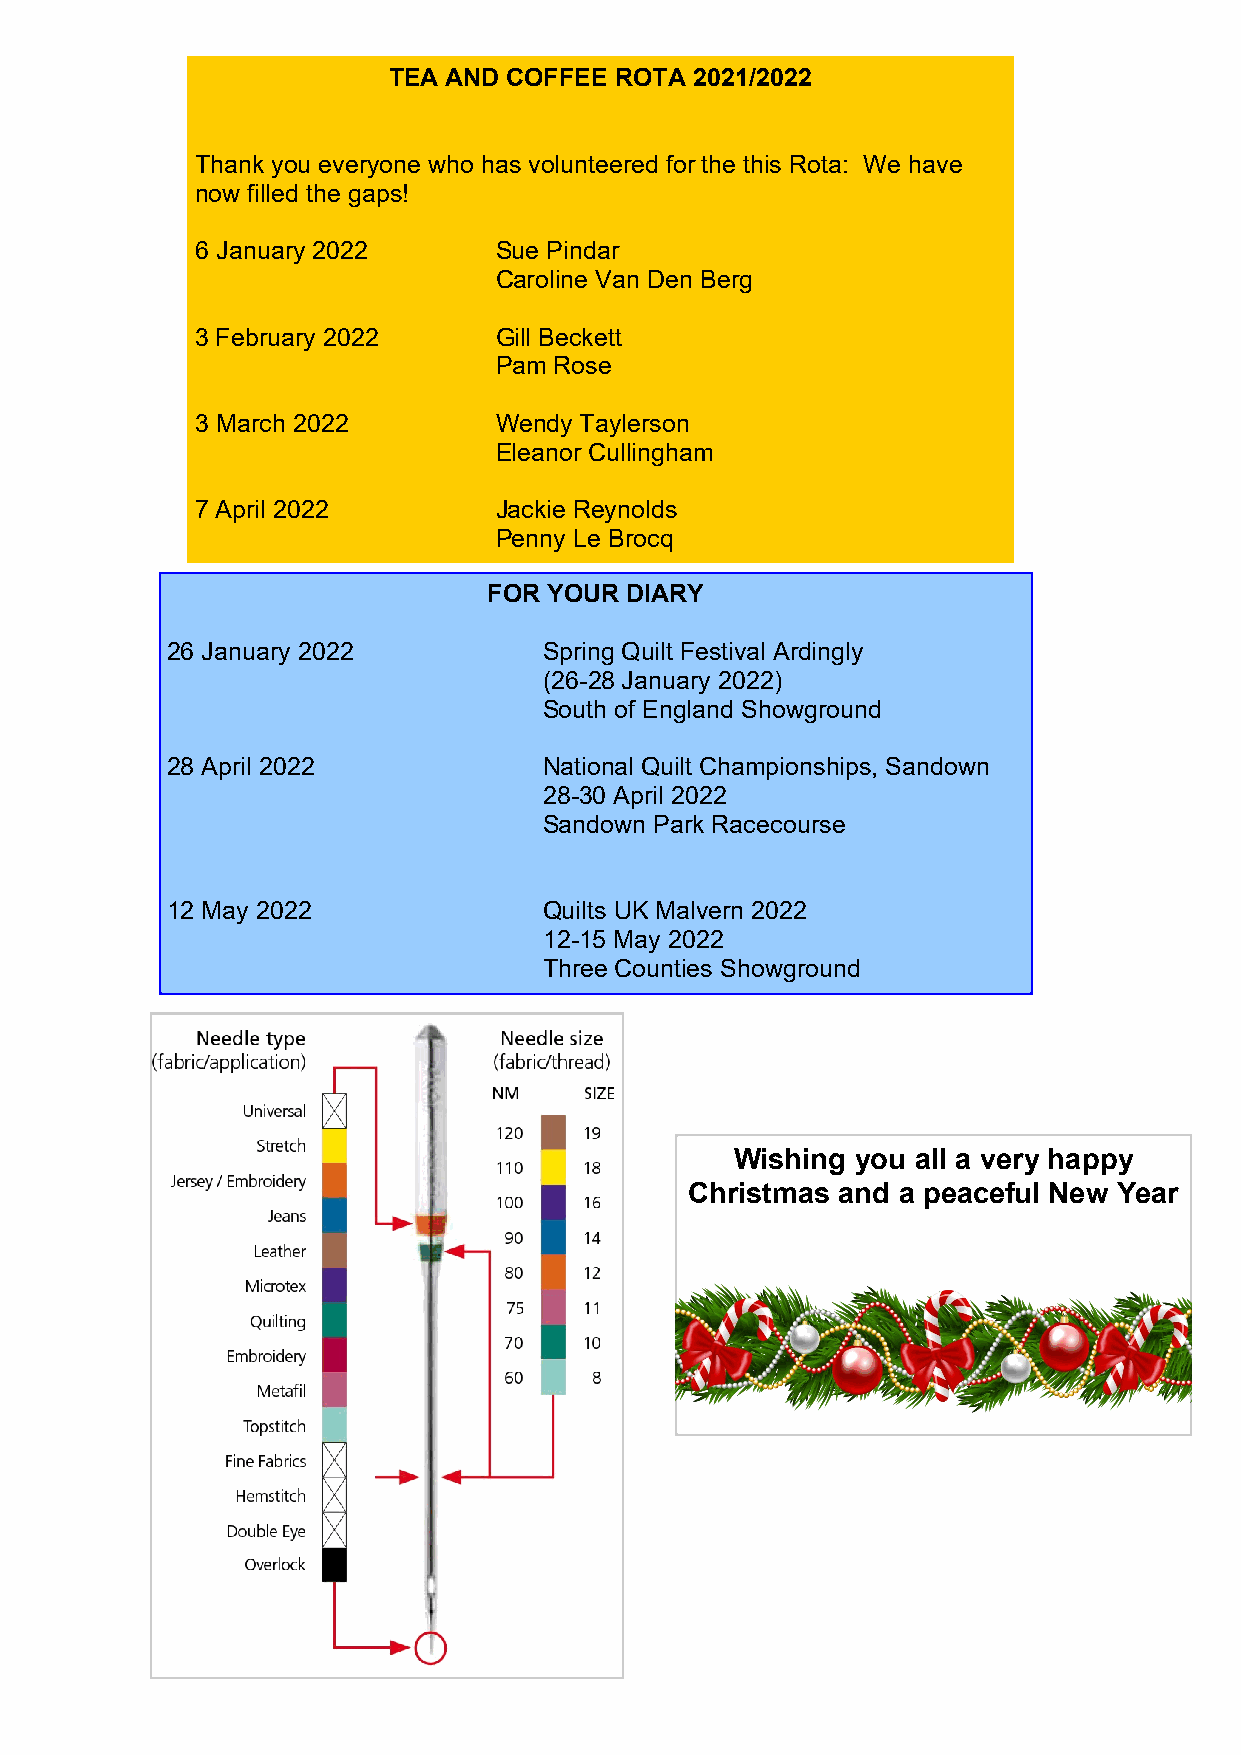
TEA AND COFFEE ROTA 2021/2022
 Thank you everyone who has volunteered for the this Rota: We have
 now filled the gaps!
 6 January 2022      Sue Pindar
 Caroline Van Den Berg
 3 February 2022     Gill Beckett
 Pam Rose
 3 March 2022        Wendy Taylerson
 Eleanor Cullingham
 7 April 2022        Jackie Reynolds
 Penny Le Brocq
 FOR YOUR DIARY
 26 January 2022          Spring Quilt Festival Ardingly
 (26-28 January 2022)
 South of England Showground
 28 April 2022            National Quilt Championships, Sandown
 28-30 April 2022
 Sandown Park Racecourse
 12 May 2022              Quilts UK Malvern 2022
 12-15 May 2022
 Three Counties Showground
 Wishing you all a very happy
 Christmas and a peaceful New Year